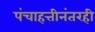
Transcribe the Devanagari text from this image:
पंचाहत्तीनंतरही